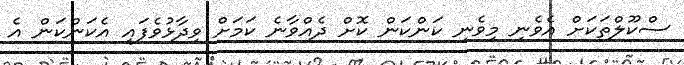
ސްކޫލްތަކަށް އެވެނި މިވެނި ކަންކަން ކޮށް ދެއްވާނެ ކަމަށް ވިދާޅުވެފައި އެކަންކަން އެ